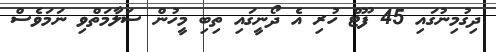
ދިގުމިނުގައި 45 ފޫޓް ހުރި އެ ދޯނީގައި ތިބި މީހުން ސަލާމަތްވި ނަމަވެސް